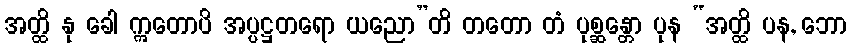
အတ္ထိ နု ခေါ ဣတောပိ အပ္ပဋ္ဌတရော ယညော”တိ တတော တံ ပုစ္ဆန္တော ပုန “အတ္ထိ ပန, ဘော